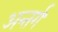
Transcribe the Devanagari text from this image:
अन्तर्ग